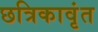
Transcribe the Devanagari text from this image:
छत्रिकावृंत